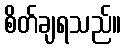
စိတ်ချရသည်။